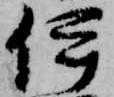
伊